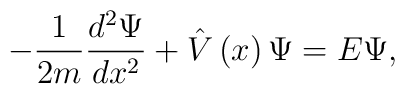
-\frac 1{2m}\frac{d^2\Psi }{dx^2}+\hat V\left( x\right) \Psi=E\Psi ,